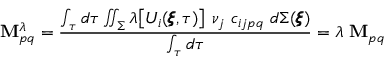
\mathbf { M } _ { p q } ^ { \lambda } = \frac { \int _ { \tau } d \tau \iint _ { \Sigma } \lambda \big [ U _ { i } ( \pmb { \xi } , \tau ) \big ] ~ \nu _ { j } ~ c _ { i j p q } ~ d \Sigma ( \pmb { \xi } ) } { \int _ { \tau } d \tau } = \lambda ~ \mathbf { M } _ { p q }